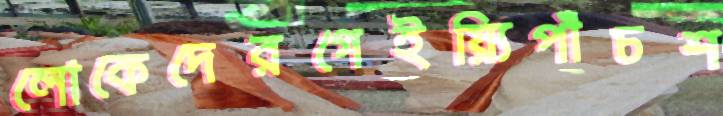
লোকেদেরগেইয়্যিপাঁচশ